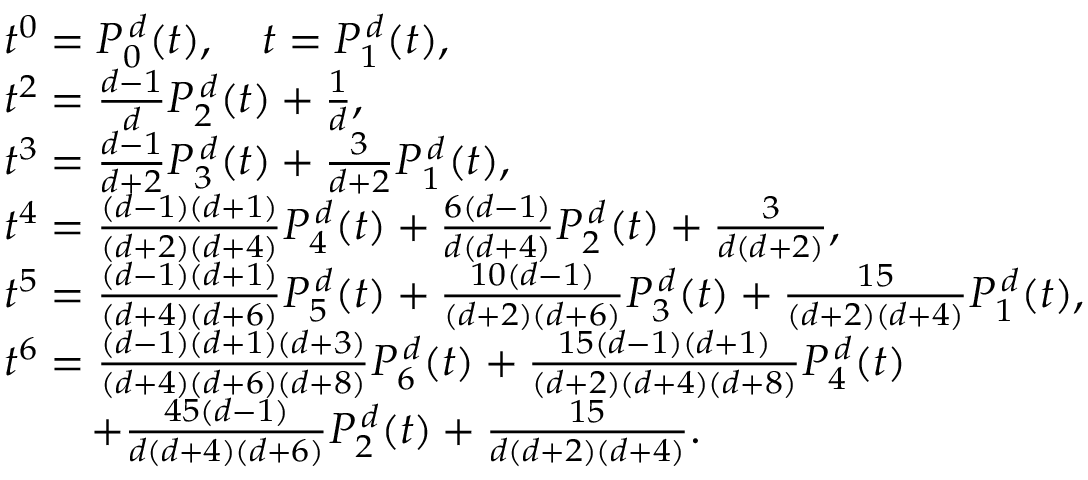
\begin{array} { r l } & { t ^ { 0 } = P _ { 0 } ^ { \, d } ( t ) , \quad t = P _ { 1 } ^ { \, d } ( t ) , } \\ & { t ^ { 2 } = \frac { d - 1 } { d } P _ { 2 } ^ { \, d } ( t ) + \frac { 1 } { d } , } \\ & { t ^ { 3 } = \frac { d - 1 } { d + 2 } P _ { 3 } ^ { \, d } ( t ) + \frac { 3 } { d + 2 } P _ { 1 } ^ { \, d } ( t ) , } \\ & { t ^ { 4 } = \frac { ( d - 1 ) ( d + 1 ) } { ( d + 2 ) ( d + 4 ) } P _ { 4 } ^ { \, d } ( t ) + \frac { 6 ( d - 1 ) } { d ( d + 4 ) } P _ { 2 } ^ { \, d } ( t ) + \frac { 3 } { d ( d + 2 ) } , } \\ & { t ^ { 5 } = \frac { ( d - 1 ) ( d + 1 ) } { ( d + 4 ) ( d + 6 ) } P _ { 5 } ^ { \, d } ( t ) + \frac { 1 0 ( d - 1 ) } { ( d + 2 ) ( d + 6 ) } P _ { 3 } ^ { \, d } ( t ) + \frac { 1 5 } { ( d + 2 ) ( d + 4 ) } P _ { 1 } ^ { \, d } ( t ) , } \\ & { t ^ { 6 } = \frac { ( d - 1 ) ( d + 1 ) ( d + 3 ) } { ( d + 4 ) ( d + 6 ) ( d + 8 ) } P _ { 6 } ^ { \, d } ( t ) + \frac { 1 5 ( d - 1 ) ( d + 1 ) } { ( d + 2 ) ( d + 4 ) ( d + 8 ) } P _ { 4 } ^ { \, d } ( t ) } \\ & { \qquad + \frac { 4 5 ( d - 1 ) } { d ( d + 4 ) ( d + 6 ) } P _ { 2 } ^ { \, d } ( t ) + \frac { 1 5 } { d ( d + 2 ) ( d + 4 ) } . } \end{array}